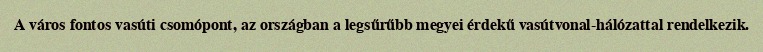
A város fontos vasúti csomópont, az országban a legsűrűbb megyei érdekű vasútvonal-hálózattal rendelkezik.